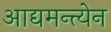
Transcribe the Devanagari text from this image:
आद्यमन्त्येन